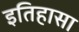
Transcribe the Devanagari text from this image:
इतिहासा